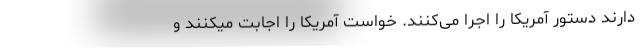
دارند دستور آمریکا را اجرا می‌کنند. خواست آمریکا را اجابت میکنند و